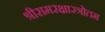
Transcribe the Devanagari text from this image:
श्रीरामरक्षास्त्रोतम